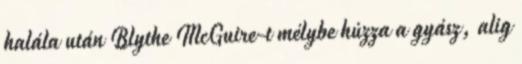
halála után Blythe McGuire-t mélybe húzza a gyász, alig